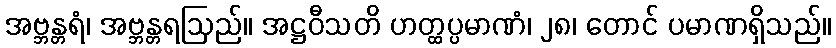
အဗ္ဘန္တရံ၊ အဗ္ဘန္တရဩည်။ အဋ္ဌဝီသတိ ဟတ္ထပ္ပမာဏံ၊ ၂၈၊ တောင် ပမာဏရှိသည်။